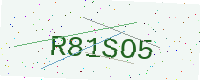
Text: R81SO5